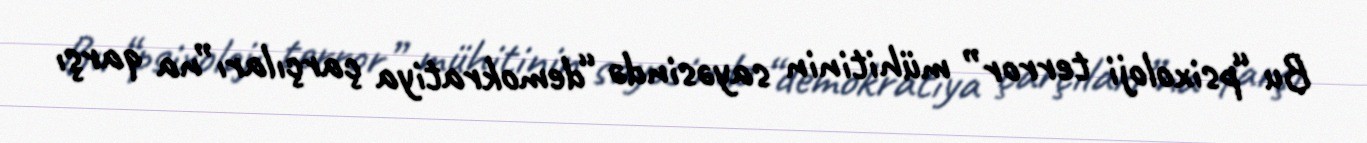
Bu “psixoloji terror” mühitinin sayəsində “demokratiya çarçıları”na qarşı